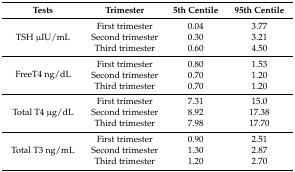
<table><thead><tr><td><b>Tests</b></td><td><b>Trimester</b></td><td><b>5th Centile</b></td><td><b>95th Centile</b></td></tr></thead><tbody><tr><td rowspan="3">TSH μIU/mL</td><td>First trimester</td><td>0.04</td><td>3.77</td></tr><tr><td>Second trimester</td><td>0.30</td><td>3.21</td></tr><tr><td>Third trimester</td><td>0.60</td><td>4.50</td></tr><tr><td rowspan="3">FreeT4 ng/dL</td><td>First trimester</td><td>0.80</td><td>1.53</td></tr><tr><td>Second trimester</td><td>0.70</td><td>1.20</td></tr><tr><td>Third trimester</td><td>0.70</td><td>1.20</td></tr><tr><td rowspan="3">Total T4 μg/dL</td><td>First trimester</td><td>7.31</td><td>15.0</td></tr><tr><td>Second trimester</td><td>8.92</td><td>17.38</td></tr><tr><td>Third trimester</td><td>7.98</td><td>17.70</td></tr><tr><td rowspan="3">Total T3 ng/mL</td><td>First trimester</td><td>0.90</td><td>2.51</td></tr><tr><td>Second trimester</td><td>1.30</td><td>2.87</td></tr><tr><td>Third trimester</td><td>1.20</td><td>2.70</td></tr></tbody></table>